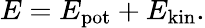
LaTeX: E=E_{\mathrm{pot}}+E_{\mathrm{kin}}.